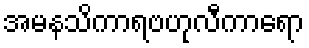
အမနသိကာရဗဟုလီကာရော